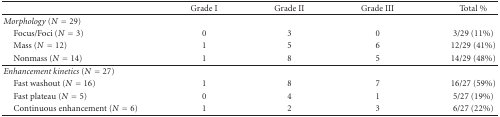
|  | Grade I | Grade II | Grade III | Total % |
 | --- | --- | --- | --- | --- |
 | Morphology (N = 29) |  |  |  |  |
 | Focus/Foci (N = 3) | 0 | 3 | 0 | 3/29 (11%) |
 | Mass (N = 12) | 1 | 5 | 6 | 12/29 (41%) |
 | Nonmass (N = 14) | 1 | 8 | 5 | 14/29 (48%) |
 | Enhancement kinetics (N = 27) |  |  |  |  |
 | Fast washout (N = 16) | 1 | 8 | 7 | 16/27 (59%) |
 | Fast plateau (N = 5) | 0 | 4 | 1 | 5/27 (19%) |
 | Continuous enhancement (N = 6) | 1 | 2 | 3 | 6/27 (22%) |